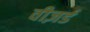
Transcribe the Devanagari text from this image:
वीज़र्ड